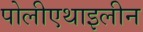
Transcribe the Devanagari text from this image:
पोलीएथाइलीन